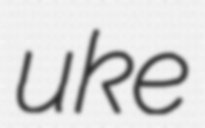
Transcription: uke